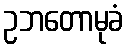
ဥဘတောမုခံ